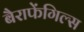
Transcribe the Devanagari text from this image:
बैराफेंगिल्स